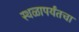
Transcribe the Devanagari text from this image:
स्थळापर्यंतचा